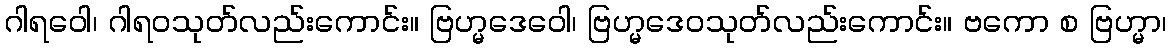
ဂါရဝေါ၊ ဂါရဝသုတ်လည်းကောင်း။ ဗြဟ္မဒေဝေါ၊ ဗြဟ္မဒေဝသုတ်လည်းကောင်း။ ဗကော စ ဗြဟ္မာ၊